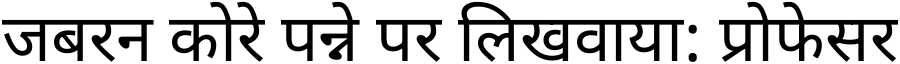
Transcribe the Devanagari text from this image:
जबरन कोरे पन्ने पर लिखवाया: प्रोफेसर